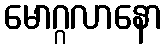
မောဂ္ဂလာနော